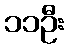
၁၁ဦး